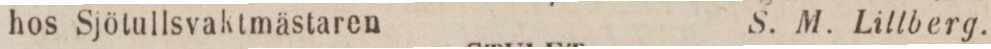
hos Sjötullsvaktmästaren    S. M. Lillberg.